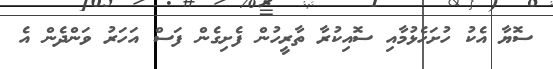
ސޮޔާ އެކު ހުށަހެޅުމާއި ސޮއިކުރާ ތާރީހުން ފެށިގެން ފަސް އަހަރު ވަންދެން އެ